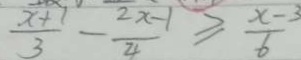
\frac { x + 1 } { 3 } - \frac { 2 x - 1 } { 4 } \geq \frac { x - 3 } { 6 }